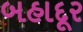
બહાદૂર